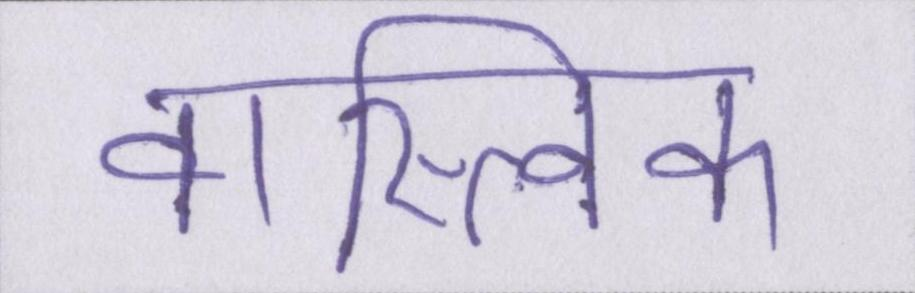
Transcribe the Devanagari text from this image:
वास्त्विक